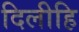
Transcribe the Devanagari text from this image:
दिलीहि